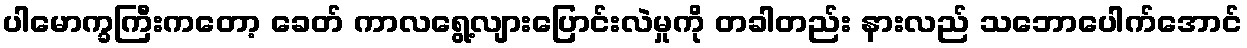
ပါမောက္ခကြီးကတော့ ခေတ် ကာလရွေ့လျားပြောင်းလဲမှုကို တခါတည်း နားလည် သဘောပေါက်အောင်